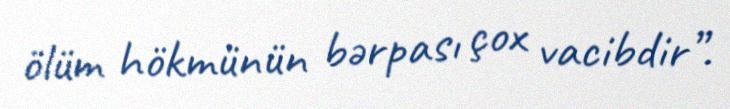
ölüm hökmünün bərpası çox vacibdir”.